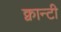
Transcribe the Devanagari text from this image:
क्वान्टी